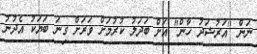
ނަން "އަރުޝަދު ހާން" އަށް ބަދަލު ކުރުމަށް ވަރަށް ގިނަ ބަޔަކު އެދުނު